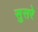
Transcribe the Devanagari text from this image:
सुसरे